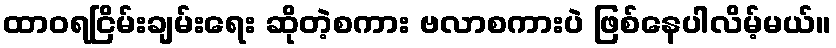
ထာဝရငြိမ်းချမ်းရေး ဆိုတဲ့စကား ဗလာစကားပဲ ဖြစ်နေပါလိမ့်မယ်။